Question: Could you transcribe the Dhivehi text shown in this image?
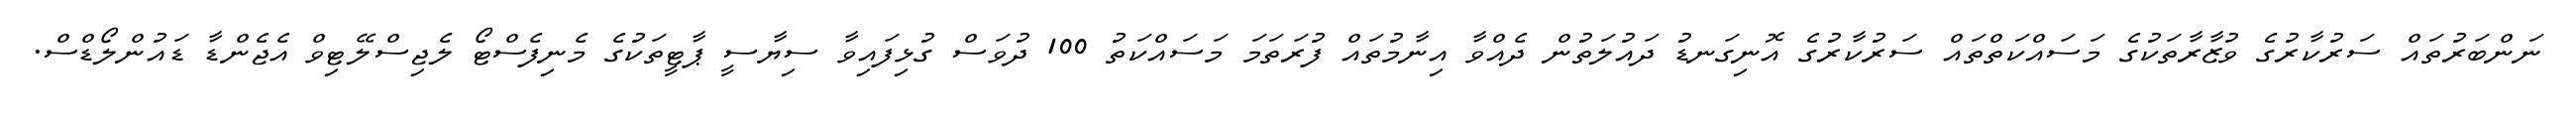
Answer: ނަންބަރުތައް ސަރުކާރުގެ ވުޒާރާތަކުގެ މަސައްކަތްތައް ސަރުކާރުގެ އޮނިގަނޑު ދައުލަތުން ދެއްވާ އިނާމުތައް ފުރަތަމަ މަސައްކަތު 100 ދުވަސް ގުޅިފައިވާ ސިޔާސީ ޕާޓީތަކުގެ މެނިފެސްޓޯ ލެޖިސްލޭޓިވް އެޖެންޑާ ޑައުންލޯޑްސް.